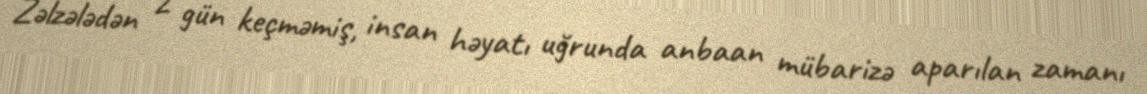
Zəlzələdən 2 gün keçməmiş, insan həyatı uğrunda anbaan mübarizə aparılan zamanı